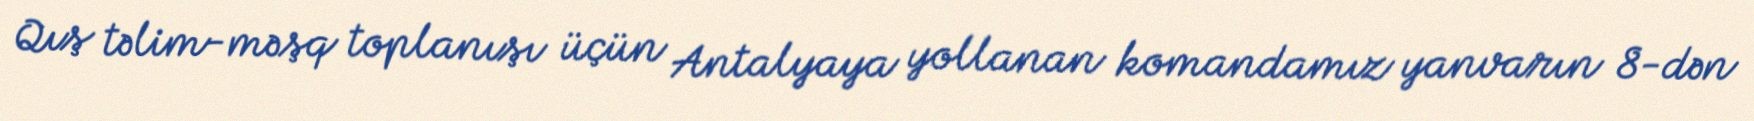
Qış təlim-məşq toplanışı üçün Antalyaya yollanan komandamız yanvarın 8-dən